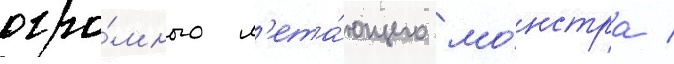
огро́много л'ета́ющего мо́нстра /